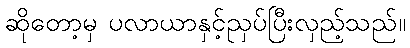
ဆိုတော့မှ ပလာယာနှင့်ညှပ်ပြီးလှည့်သည်။